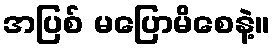
အပြစ် မပြောမိစေနဲ့။